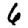
Digit: 6